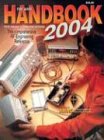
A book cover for The ARRL Handbook for Radio Communications 2004; Humor & Entertainment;